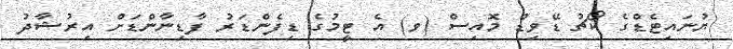
ޔުނައިޓެޑްގެ ކޯޗު ޑޭވިޑް މޮއިސް (ވ) އެ ޓީމުގެ ޑިފެންޑަރު ފާޑިނާންޑަށް އިރުޝާދު